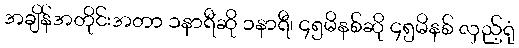
အချိန်အတိုင်းအတာ ၁နာရီဆို ၁နာရီ၊ ၄၅မိနစ်ဆို ၄၅မိနစ် လှည့်ရုံ